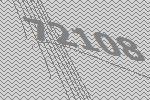
72108